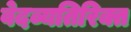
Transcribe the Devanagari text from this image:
वेदव्यतिरिक्त